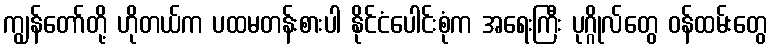
ကျွန်တော်တို့ ဟိုတယ်က ပထမတန်းစားပါ နိုင်ငံပေါင်းစုံက အရေးကြီး ပုဂ္ဂိုလ်တွေ ဝန်ထမ်းတွေ